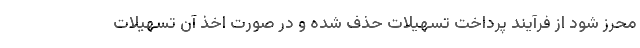
محرز شود از فرآیند پرداخت تسهیلات حذف شده و در صورت اخذ آن تسهیلات